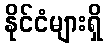
နိုင်ငံများရှိ